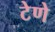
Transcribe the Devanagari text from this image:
टेणे